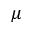
\mu